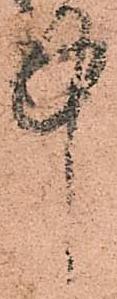
中